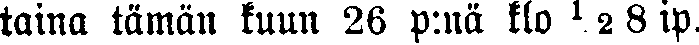
taina tämän kuun 26 p:nä klo ½ 8 ip.